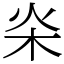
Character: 𣏦